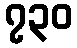
၇၃၀